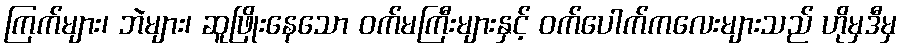
ကြက်များ၊ ဘဲများ၊ ဆူဖြိုးနေသော ဝက်မကြီးများနှင့် ဝက်ပေါက်ကလေးများသည် ဟိုမှဒီမှ